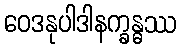
ဝေဒနုပါဒါနက္ခန္ဓဿ